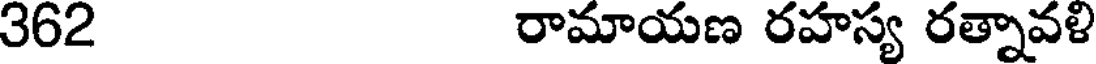
362 రామాయణ రహస్య రత్నావళి